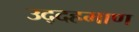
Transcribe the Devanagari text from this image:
उद्दहमाण